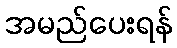
အမည်ပေးရန်